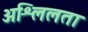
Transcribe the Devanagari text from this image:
अश्लिलता